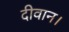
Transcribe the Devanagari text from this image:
दीवान।